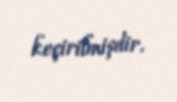
keçirilmişdir.